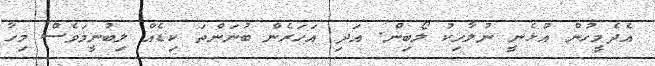
އެދެމީހުން އުޅެނީ ނުލާހިކު ލޯބިން. އަދި އަހަރެން ބުނަންތަ ކިޑެއް ލިބުނީމަވެސް މިހާ